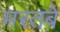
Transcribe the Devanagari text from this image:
मरतबे